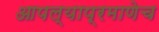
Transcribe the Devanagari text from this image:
आपल्याप्रमाणेच